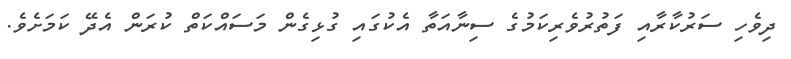
ދިވެހި ސަރުކާރާއި ފަތުރުވެރިކަމުގެ ސިނާއަތާ އެކުގައި ގުޅިގެން މަސައްކަތް ކުރަން އެދޭ ކަމަށެވެ.